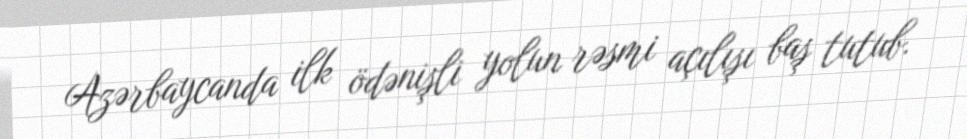
Azərbaycanda ilk ödənişli yolun rəsmi açılışı baş tutub.